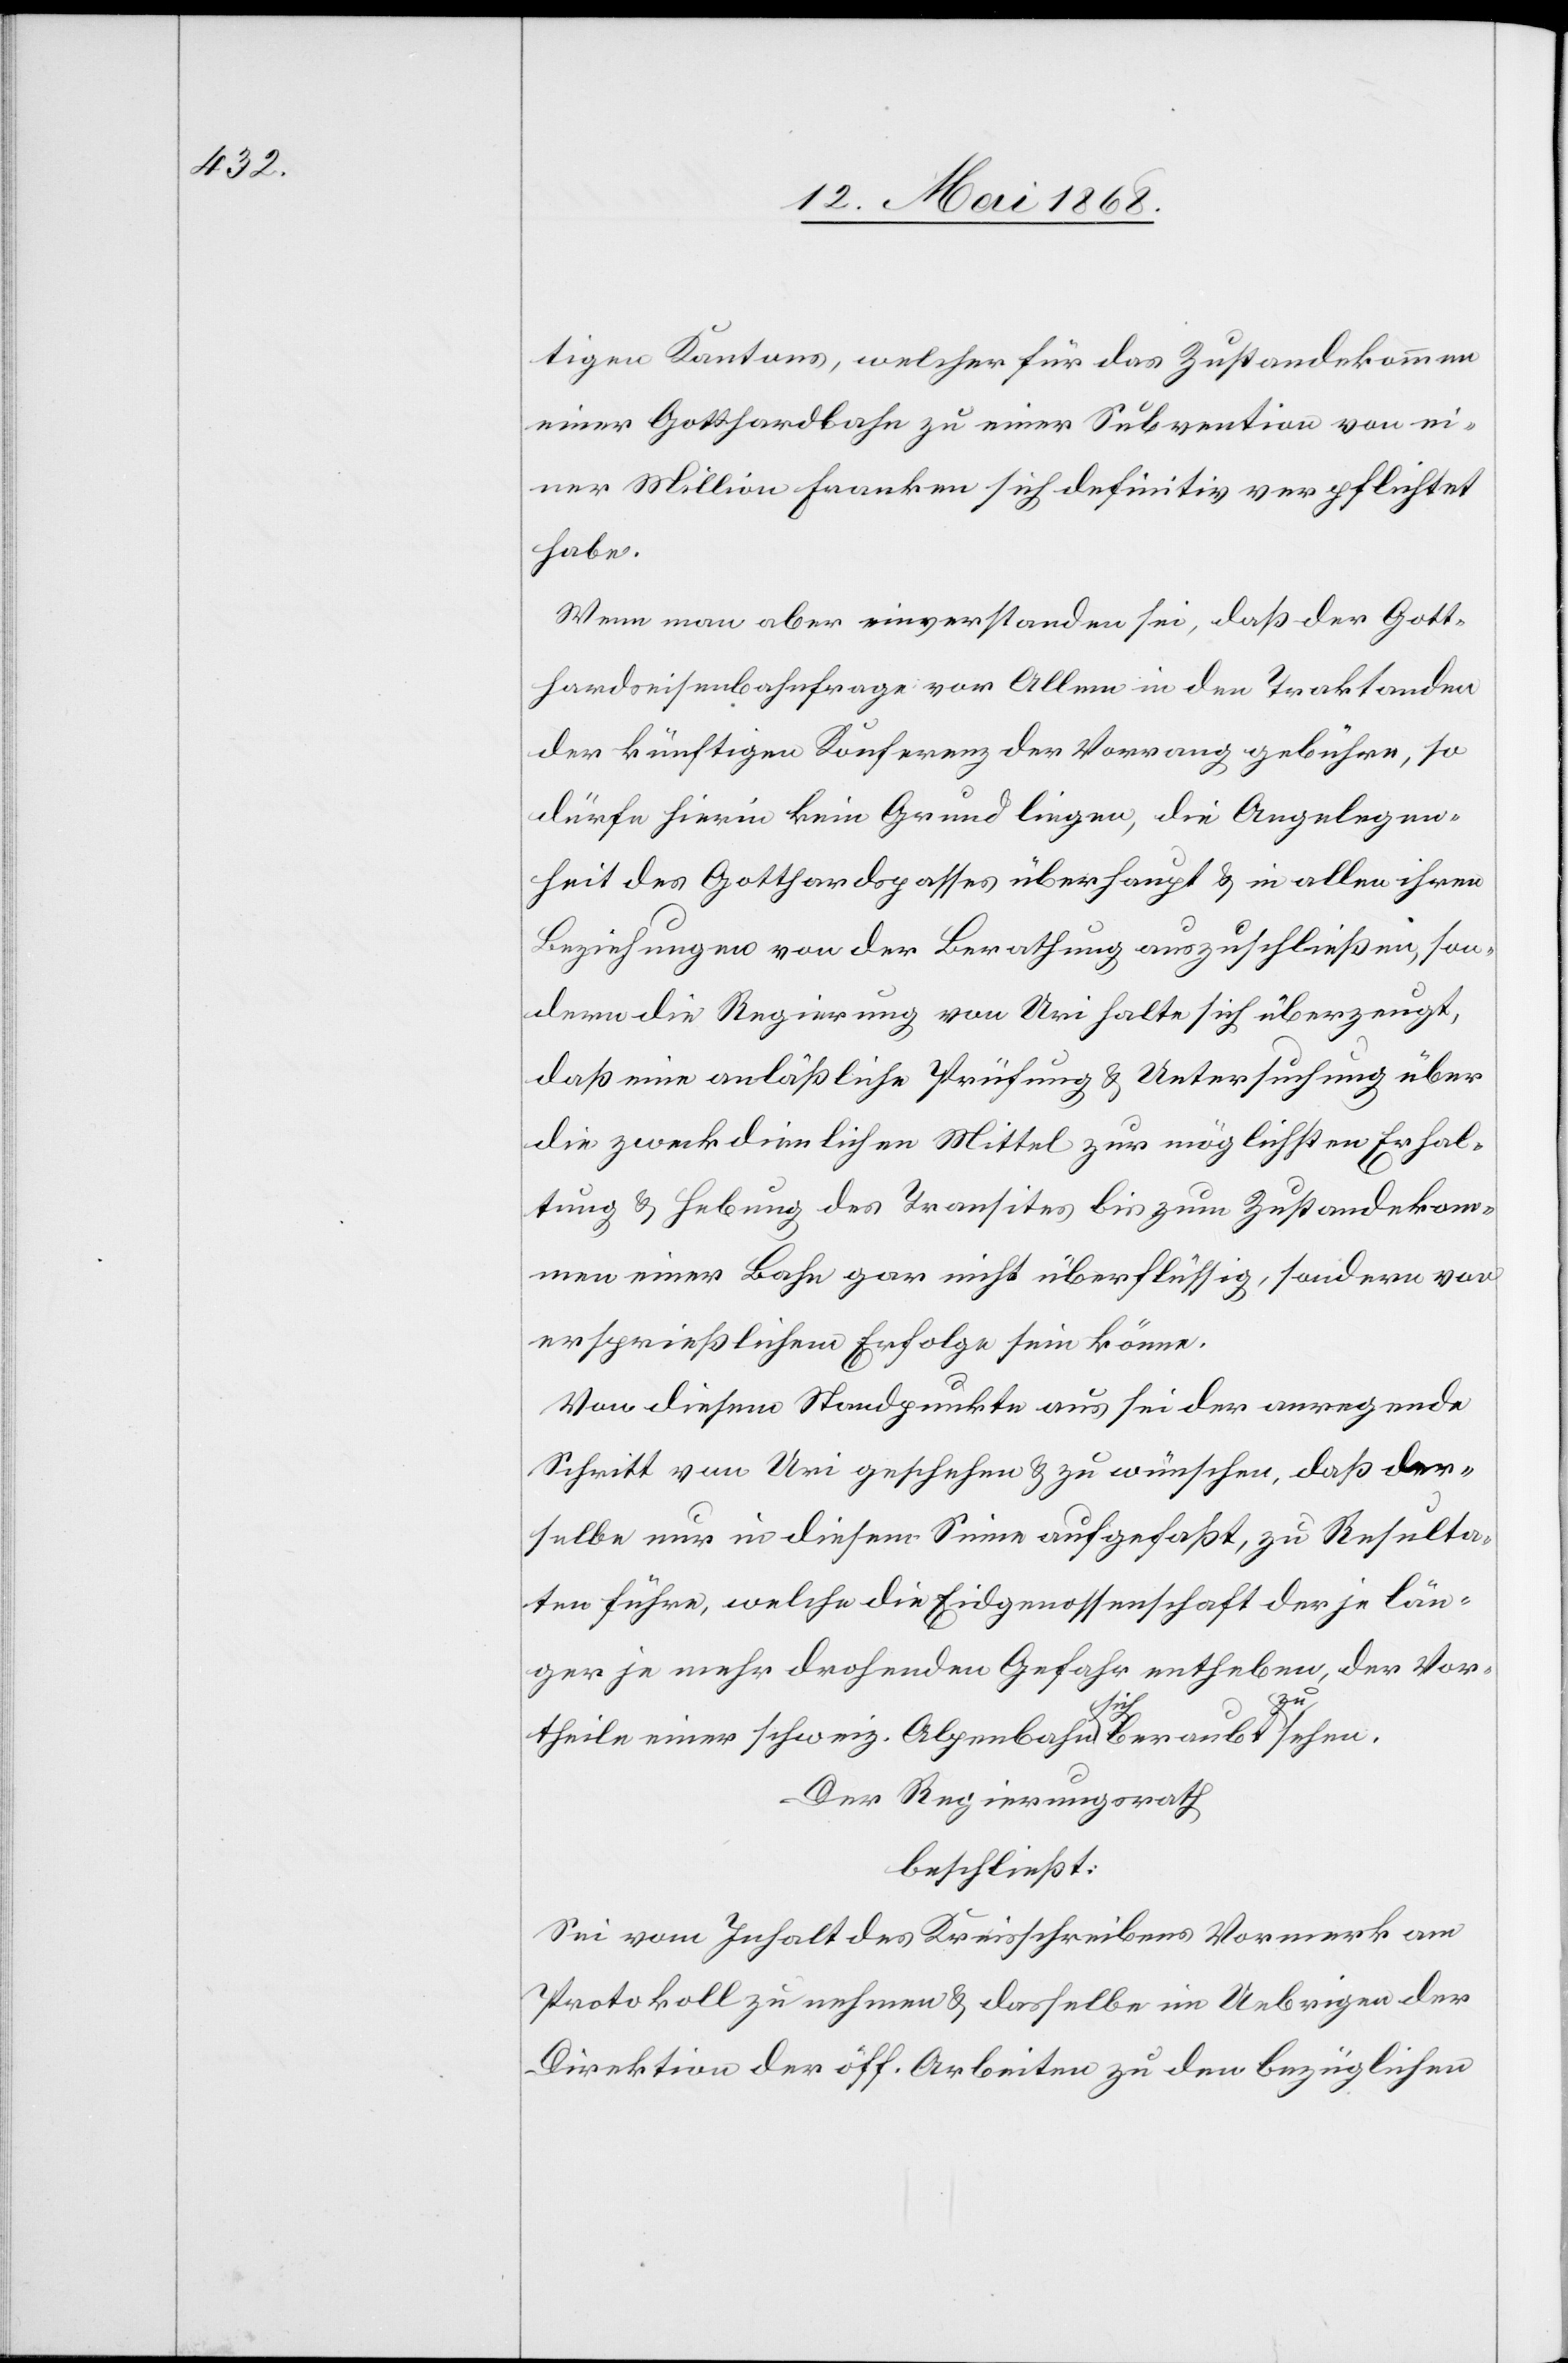
tigen Kantons, welcher für das Zustandekommen
einer Gotthardbahn zu einer Subvention von ei¬
ner Million Franken sich definitiv verpflichtet
habe.
Wenn man aber einverstanden sei, daß der Gott¬
hardseisenbahnfrage vor Allem in den Traktanden
der künftigen Konferenz der Vorrang gebühre, so
dürfe hierin kein Grund liegen, die Angelegen¬
heit des Gotthardspasses überhaupt & in allen ihren
Beziehungen von der Berathung auszuschließen, son¬
dern die Regierung von Uri halte sich überzeugt,
daß eine anläßliche Prüfung & Untersuchung über
die zweckdienlichen Mittel zur möglichsten Erhal¬
tung & Hebung des Transites bis zum Zustandekom¬
men einer Bahn gar nicht überflüssig, sondern von
ersprießlichem Erfolge sein könne.
Von diesem Standpunkte aus sei der anregende
Schritt von Uri geschehen & zu wünschen, daß der¬
selbe nur in diesem Sinne aufgefaßt, zu Resulta¬
ten führe, welche die Eidgenossenschaft der je län¬
ger je mehr drohenden Gefahr entheben, der Vor¬
theile einer schweiz. Alpenbahn sich beraubt zu sehen.
Der Regierungsrath
beschließt:
Sei vom Inhalt des Kreisschreibens Vormerk am
Protokoll zu nehmen & dasselbe im Uebrigen der
Direktion der öff. Arbeiten zu den bezüglichen